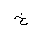
Letter: _kha